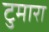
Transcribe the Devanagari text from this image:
टुमारा